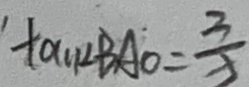
\tan \angle B A O = \frac { 3 } { x }